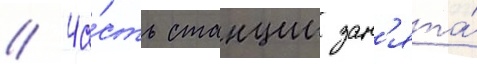
// Ча́сть станции зан'ята́